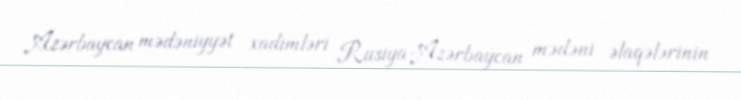
Azərbaycan mədəniyyət xadimləri Rusiya-Azərbaycan mədəni əlaqələrinin